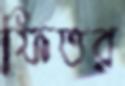
ফিতর